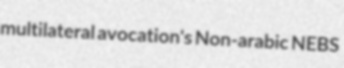
multilateral avocation's Non-arabic NEBS